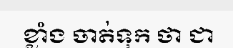
ខ្លាំង ចាត់ទុក ថា ជា